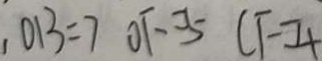
, O B = 7 O F = 5 C F = 4